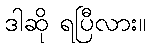
ဒါဆို ရပြီလား။